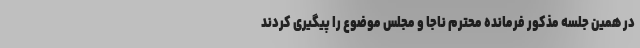
در همین جلسه مذکور فرمانده محترم ناجا و مجلس موضوع را پیگیری کردند